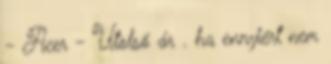
- Acer - Utolsó ár . ha ennyiért nem